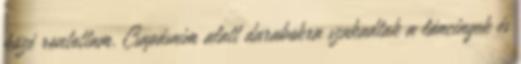
közé rontottam. Csapásaim alatt darabokra szakadtak a láncingek és